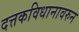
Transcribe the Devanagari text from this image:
दत्तकविधानावरुन